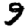
Digit: 9